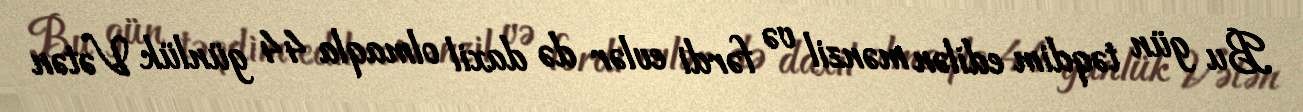
Bu gün təqdim edilən mənzil və fərdi evlər də daxil olmaqla 44 günlük Vətən